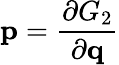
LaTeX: \mathbf{p}={\frac{\partial G_{2}}{\partial\mathbf{q}}}